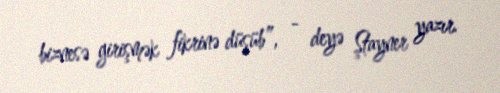
biznesə girişmək fikrinə düşüb”, - deyə Ştayner yazır.